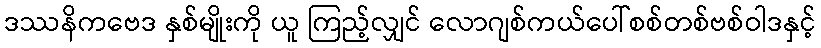
ဒဿနိကဗေဒ နှစ်မျိုးကို ယူ ကြည့်လျှင် လောဂျစ်ကယ်ပေါ်စစ်တစ်ဗစ်ဝါဒနှင့်